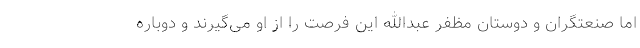
اما صنعتگران و دوستان مظفر عبدالله این فرصت را از او می‌گیرند و دوباره